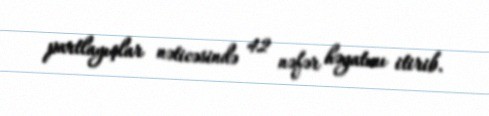
partlayışlar nəticəsində 42 nəfər həyatını itirib.